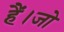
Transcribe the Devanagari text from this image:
हैं।जो